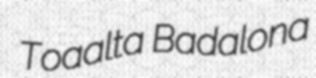
Toaalta Badalona